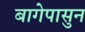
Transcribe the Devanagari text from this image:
बागेपासुन